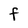
Character: F